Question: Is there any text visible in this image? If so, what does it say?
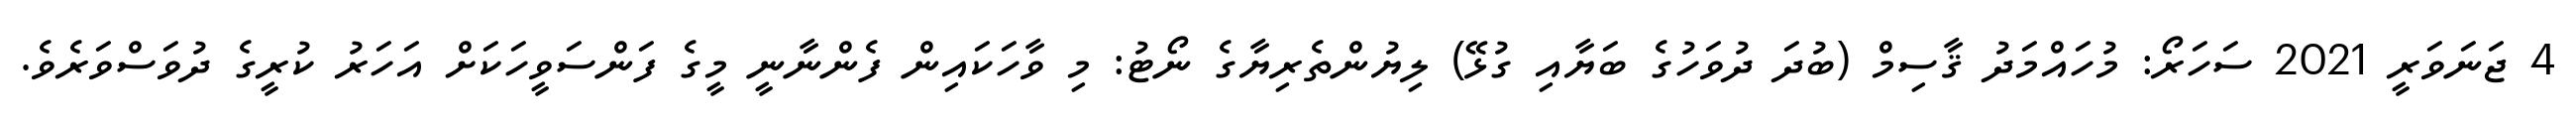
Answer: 4 ޖަނަވަރީ 2021 ސަހަރޯ: މުހައްމަދު ޤާސިމް (ބުދަ ދުވަހުގެ ބަޔާއި ގުޅޭ) ލިޔުންތެރިޔާގެ ނޯޓު: މި ވާހަކައިން ފެންނާނީ މީގެ ފަންސަވީހަކަށް އަހަރު ކުރީގެ ދުވަސްވަރެވެ.